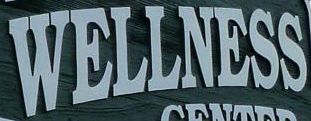
WELLNESS